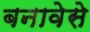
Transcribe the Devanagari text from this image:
बनावेसे